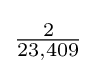
{\textstyle {\frac {2}{23,409}}}